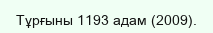
Тұрғыны 1193 адам (2009).